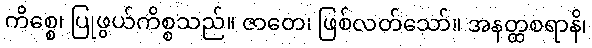
ကိစ္စေ၊ ပြုဖွယ်ကိစ္စသည်။ ဇာတေ၊ ဖြစ်လတ်သော်။ အနတ္ထစရာနိ၊